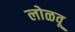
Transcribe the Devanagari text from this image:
लोळवू